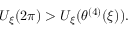
U _ { \xi } ( 2 \pi ) > U _ { \xi } ( \theta ^ { ( 4 ) } ( \xi ) ) .